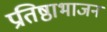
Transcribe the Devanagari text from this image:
प्रतिष्ठाभाजन